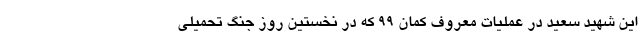
اين شهيد سعيد در عمليات معروف كمان 99 كه در نخستين روز جنگ تحميلي